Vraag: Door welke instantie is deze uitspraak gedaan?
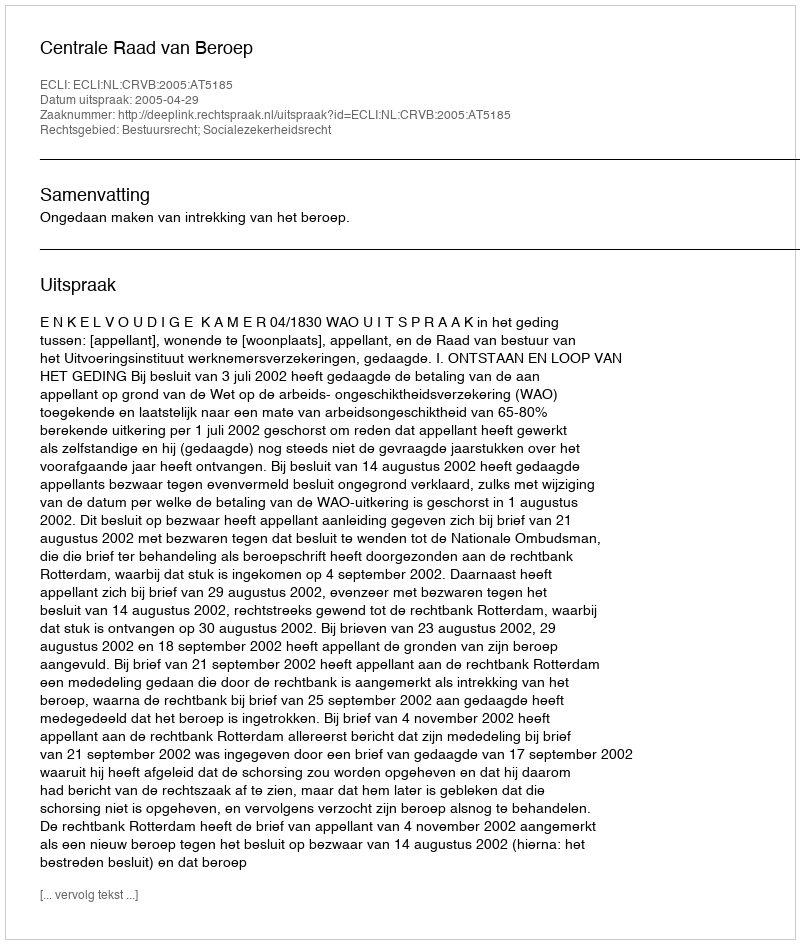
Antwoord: Centrale Raad van Beroep